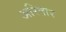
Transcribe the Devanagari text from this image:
अरितार